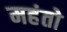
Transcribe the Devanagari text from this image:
महंतो